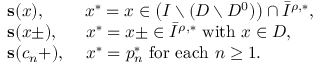
\begin{array} { r l } & { \mathbf { s } ( x ) , \quad \quad \; x ^ { * } = x \in \left( I \setminus ( D \setminus D ^ { 0 } ) \right) \cap \bar { I } ^ { \rho , * } , } \\ & { \mathbf { s } ( x \pm ) , \quad \; \; x ^ { * } = x \pm \in \bar { I } ^ { \rho , * } \mathrm { ~ w i t h ~ } x \in D , } \\ & { \mathbf { s } ( c _ { n } + ) , \quad \, x ^ { * } = p _ { n } ^ { * } \mathrm { ~ f o r ~ e a c h ~ } n \geq 1 . } \end{array}